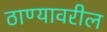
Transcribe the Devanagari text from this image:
ठाण्यावरील